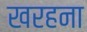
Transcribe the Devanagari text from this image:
खरहना